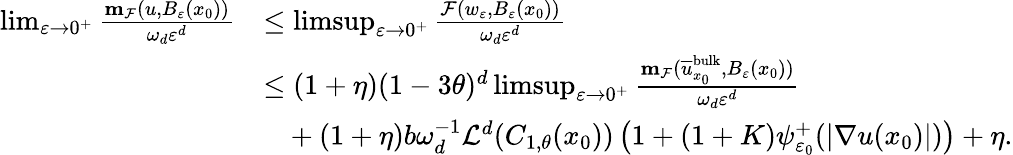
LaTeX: \begin{array}{rl}{\operatorname*{lim}_{\varepsilon\to 0^{+}}\frac{\mathbf{m}_{\mathcal{F}}(u,B_{\varepsilon}(x_{0}))}{\omega_{d}\varepsilon^{d}}}&{\leq\operatorname*{limsup}_{\varepsilon\to 0^{+}}\frac{\mathcal{F}(w_{\varepsilon},B_{\varepsilon}(x_{0}))}{\omega_{d}\varepsilon^{d}}}\\ &{\leq(1+\eta)(1-3\theta)^{d}\operatorname*{limsup}_{\varepsilon\to 0^{+}}\frac{\mathbf{m}_{\mathcal{F}}(\overline{{u}}_{x_{0}}^{\textnormal{bulk}},B_{\varepsilon}(x_{0}))}{\omega_{d}\varepsilon^{d}}}\\ &{\ \ \ +(1+\eta)b\omega_{d}^{-1}\mathcal{L}^{d}(C_{1,\theta}(x_{0}))\left(1+(1+K)\psi_{\varepsilon_{0}}^{+}(|\nabla u(x_{0})|)\right)+\eta.}\end{array}